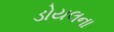
ડોયલના